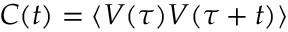
C ( t ) = \langle V ( \tau ) V ( \tau + t ) \rangle